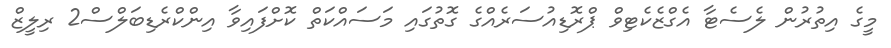
މީގެ އިތުރުން ލެސެޓާ އެގްޒެކެޓިވް ޕްރޮޑިއުސަރެއްގެ ގޮތުގައި މަސައްކަތް ކޮށްފައިވާ އިންކްރެޑިބަލްސް2 ރިލީޒް